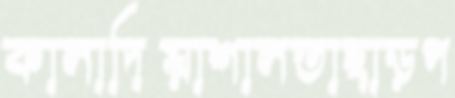
কালাদিয়াশালতাছাড়প